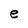
Character: e